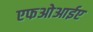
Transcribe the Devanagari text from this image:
एफओआईए